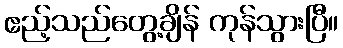
ဧည့်သည်တွေ့ချိန် ကုန်သွားပြီ။